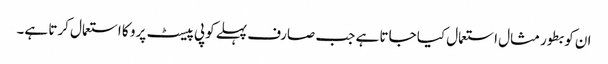
ان کو بطور مثال استعمال کیا جاتا ہے جب صارف پہلے کوپی پیسٹ پرو کا استعمال کرتا ہے۔